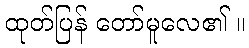
ထုတ်ပြန် တော်မူလေ၏ ။